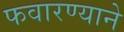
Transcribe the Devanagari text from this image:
फवारण्याने